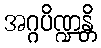
အဂ္ဂပိဏ္ဍန္တိ